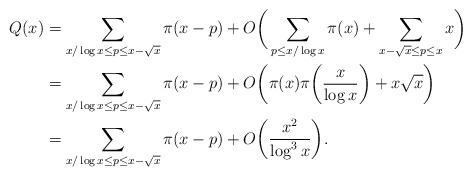
LaTeX: \begin{align*} Q(x) &= \sum_{x/\log x \le p \le x-\sqrt x} \pi(x-p) + O\bigg( \sum_{p\le x/\log x} \pi(x) + \sum_{x-\sqrt x\le p\le x} x \bigg) \\ &= \sum_{x/\log x \le p \le x-\sqrt x} \pi(x-p) + O\bigg( \pi(x) \pi\bigg( \frac x{\log x} \bigg) + x\sqrt x \bigg) \\ &= \sum_{x/\log x \le p \le x-\sqrt x} \pi(x-p) + O\bigg( \frac{x^2}{\log^3x} \bigg). \end{align*}